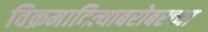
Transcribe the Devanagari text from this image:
विक्रमादित्याबरोबरच्या